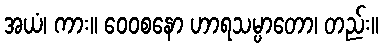
အယံ၊ ကား။ ဝေဝစနော ဟာရသမ္ပာတော၊ တည်း။